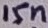
Text: 15n